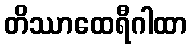
တိဿာထေရီဂါထာ